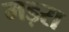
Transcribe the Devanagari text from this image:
मड़रा